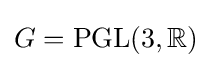
G=\operatorname {PGL} (3,\mathbb {R} )